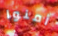
أمنوا